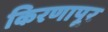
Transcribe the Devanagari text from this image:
किरणापूर